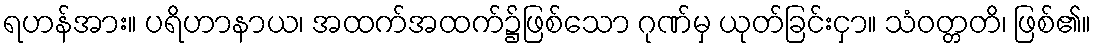
ရဟန်အား။ ပရိဟာနာယ၊ အထက်အထက်၌ဖြစ်သော ဂုဏ်မှ ယုတ်ခြင်းငှာ။ သံဝတ္တတိ၊ ဖြစ်၏။